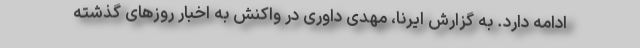
ادامه دارد. به گزارش ایرنا، مهدی داوری در واکنش به اخبار روزهای گذشته